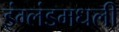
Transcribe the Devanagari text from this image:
इंग्लंडमधली